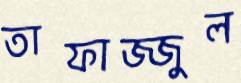
তাফাজ্জুল